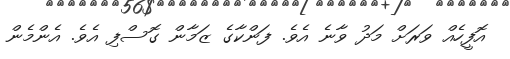
އޮފީހެއް ވަރަށް މަދު ވާނެ އެވެ. ފަންކާގެ ޒަމާން ގޮސްފި އެވެ. އެންމެން